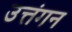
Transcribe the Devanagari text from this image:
उत्तंगन